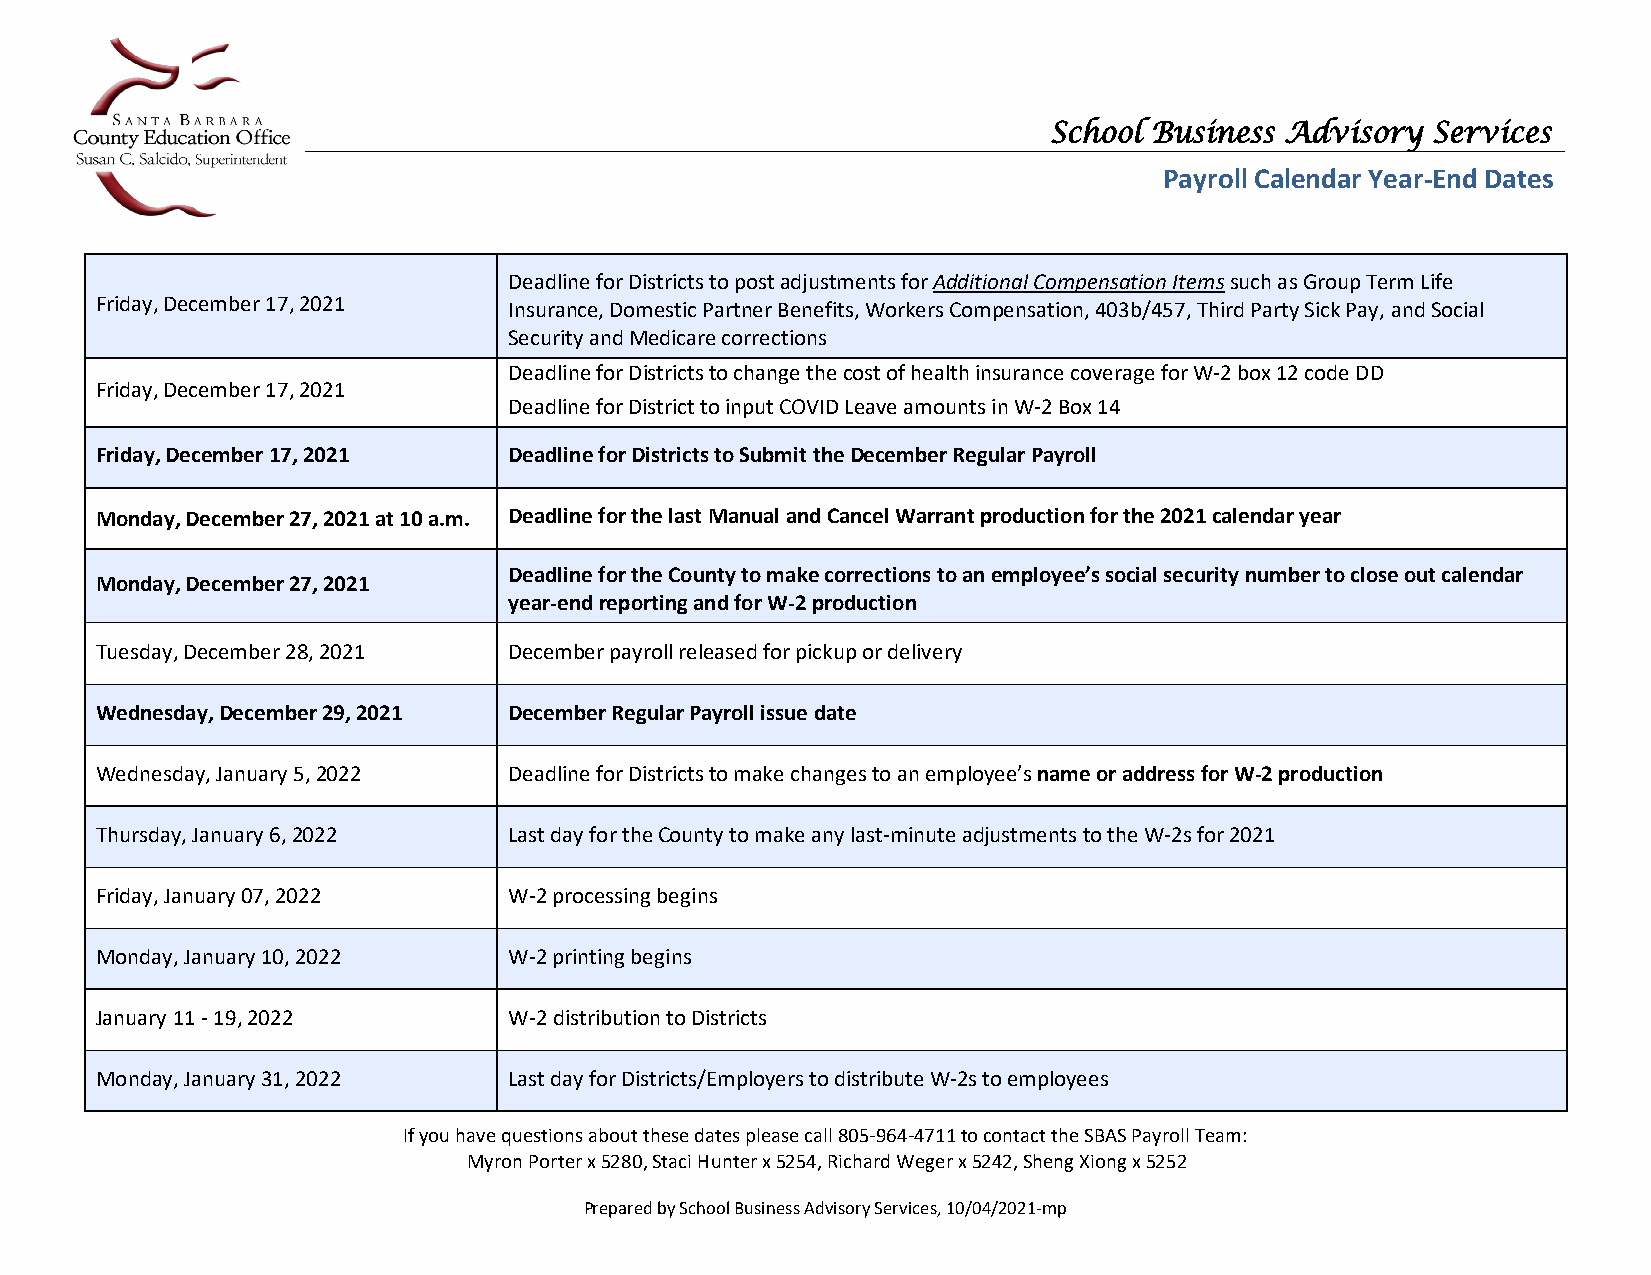
School Business Advisory  Services
 Payroll Calendar Year-End Dates
 Deadline for Districts to post adjustments for Additional Compensation Items such as Group Term Life
 Friday, December 17, 2021   Insurance, Domestic Partner Benefits, Workers Compensation, 403b/457, Third Party Sick Pay, and Social
 Security and Medicare corrections
 Deadline for Districts to change the cost of health insurance coverage for W-2 box 12 code DD
 Friday, December 17, 2021
 Deadline for District to input COVID Leave amounts in W-2 Box 14
 Friday, December 17, 2021   Deadline for Districts to Submit the December Regular Payroll
 Monday, December 27, 2021 at 10 a.m. Deadline for the last Manual and Cancel Warrant production for the 2021 calendar year
 Deadline for the County to make corrections to an employee’s social security number to close out calendar
 Monday, December 27, 2021
 year-end reporting and for W-2 production
 Tuesday, December 28, 2021  December payroll released for pickup or delivery
 Wednesday, December 29, 2021 December Regular Payroll issue date
 Wednesday, January 5, 2022  Deadline for Districts to make changes to an employee’s name or address for W-2 production
 Thursday, January 6, 2022   Last day for the County to make any last-minute adjustments to the W-2s for 2021
 Friday, January 07, 2022    W-2 processing begins
 Monday, January 10, 2022    W-2 printing begins
 January 11 - 19, 2022       W-2 distribution to Districts
 Monday, January 31, 2022    Last day for Districts/Employers to distribute W-2s to employees
 If you have questions about these dates please call 805-964-4711 to contact the SBAS Payroll Team:
 Myron Porter x 5280, Staci Hunter x 5254, Richard Weger x 5242, Sheng Xiong x 5252
 Prepared by School Business Advisory Services, 10/04/2021-mp